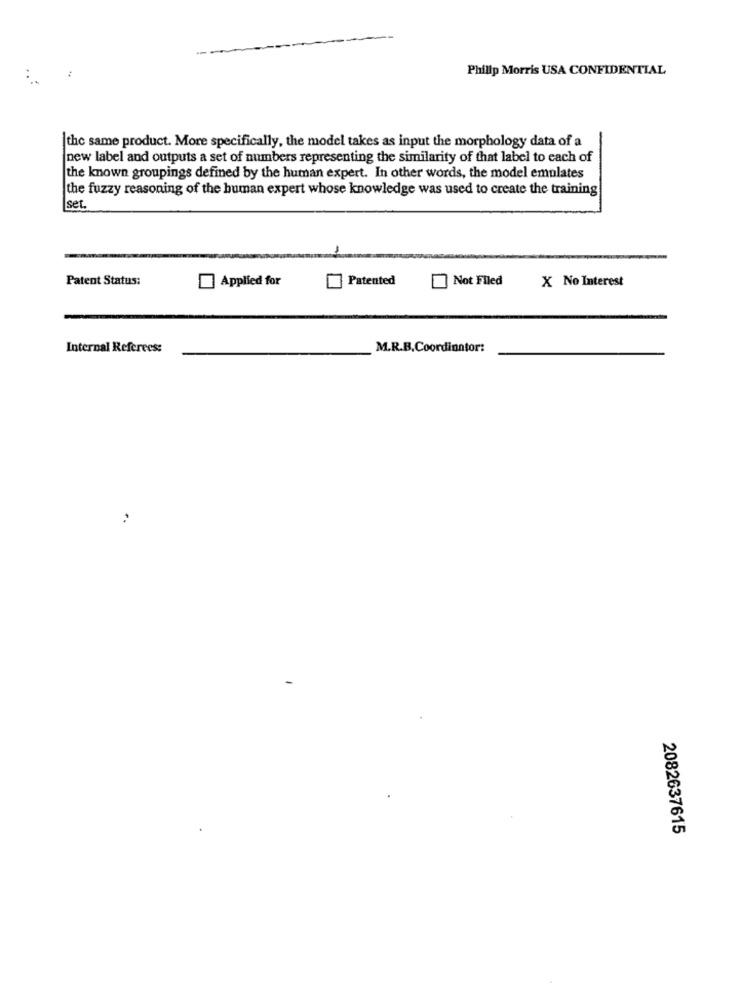
:
Philip Morris USA CONFIDENTIAL
the same product. More specifically, the model takes as input the morphology data of a
new label and outputs a set of numbers representing the similarity of that label to each of
the known groupings defined by the human expert. In other words, the model emulates
the fuzzy reasoning of the human expert whose knowledge was used to create the training
set.
Patent Status:
Applied for
Patented
Not Flled
X No Interest
Internal Referees:
M.R.B.Coordinator:
2082637615